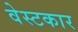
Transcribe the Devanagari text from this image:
वेस्टकार